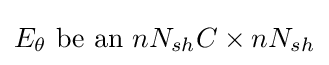
E_{\theta }{\text{ be an }}nN_{sh}C\times nN_{sh}